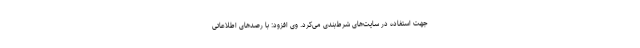
جهت استفاده در سایت‌های شرط‌بندی می‌کرد. وی افزود: با رصدهای اطلاعاتی